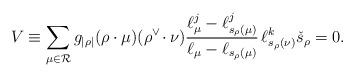
LaTeX: \begin{align*}V\equiv\sum_{\mu\in{\mathcal R}} g_{|\rho|}(\rho\cdot\mu)(\rho^\vee\!\cdot\nu) \frac{\ell_\mu^j-\ell_{s_\rho(\mu)}^j} {\ell_\mu-\ell_{s_\rho(\mu)}}\, \ell^k_{s_\rho(\nu)}\check{s}_\rho=0. \end{align*}